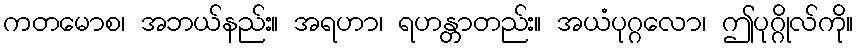
ကတမောစ၊ အဘယ်နည်း။ အရဟာ၊ ရဟန္တာတည်း။ အယံပုဂ္ဂလော၊ ဤပုဂ္ဂိုလ်ကို။